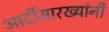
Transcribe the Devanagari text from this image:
आदींसारख्यांनी